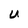
Character: U